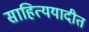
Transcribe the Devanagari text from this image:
साहित्ययादीत